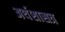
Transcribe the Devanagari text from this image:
अर्थशासत्र